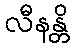
လီနန္တိ